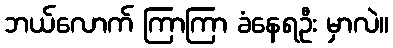
ဘယ်လောက် ကြာကြာ ခံနေရဦး မှာလဲ။